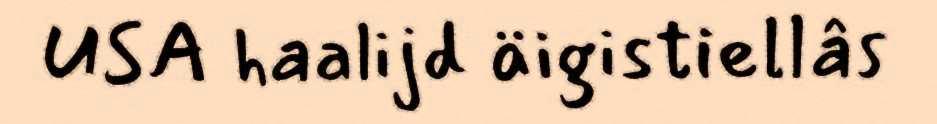
USA haalijd äigistiellâs